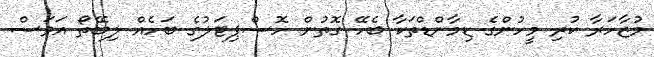
މުޒާހަރާ ކުރި މީހުންގެ ޑިމާންޑްތަކާ ބެހޭ ގޮތުން ހޮސްޕިޓަލުގެ ބަހެއް ލިބޭތޯ އަވަސް